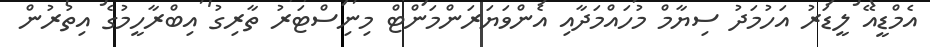
އެމްޑީއޭ ލީޑަރު އަހުމަދު ސިޔާމް މުހައްމަދާއި އެންވަޔަރަންމަންޓް މިނިސްޓަރު ތާރިގު އިބްރާހީމުގެ އިތުރުން